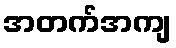
အတက်အကျ